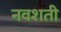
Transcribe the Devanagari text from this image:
नवशती